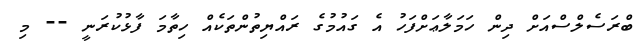
ބްރަސެލްސްއަށް ދިން ހަމަލާޢަށްފަހު އެ ގައުމުގެ ރައްޔިތުންތަކެއް ހިތާމަ ފާޅުކުރަނީ -- މި